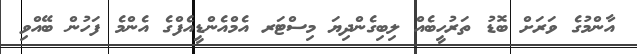
އާންމުގެ ވަރަށް ބޮޑު ތަރުހީބެއް ލިބިގެންދިޔަ މިސްޓަރ އެމްއެންޑީއެފްގެ އެންމެ ފަހުން ބޭއްވި